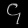
Digit: ၄